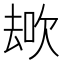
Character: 𱑩